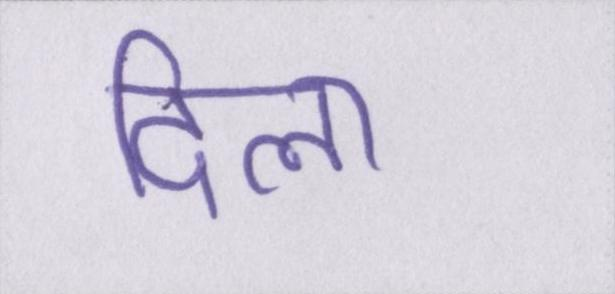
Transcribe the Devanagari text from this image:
दिला